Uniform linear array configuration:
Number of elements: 16
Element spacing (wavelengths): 0.75
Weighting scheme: exponential
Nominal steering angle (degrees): -15
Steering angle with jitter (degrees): -14.535
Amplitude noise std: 0.05
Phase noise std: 0.05

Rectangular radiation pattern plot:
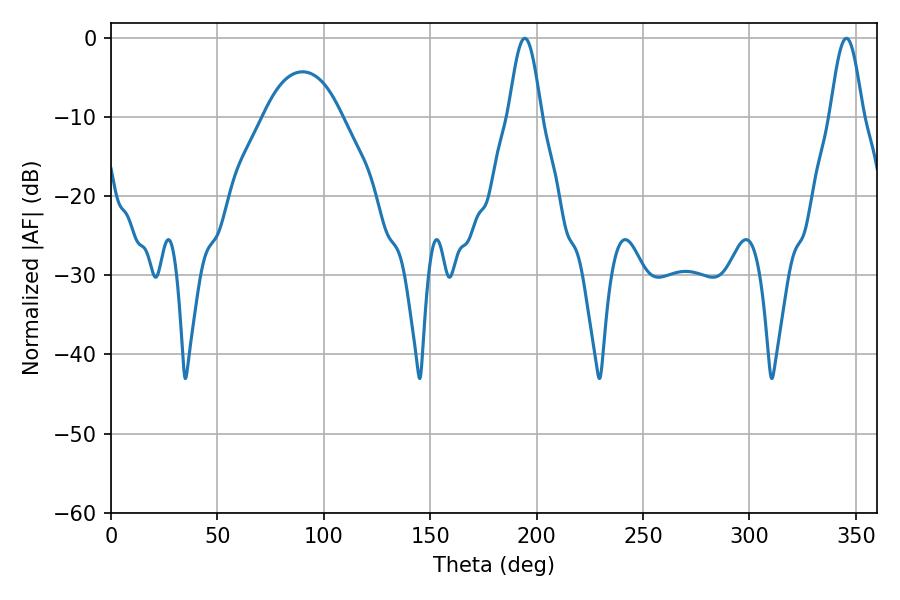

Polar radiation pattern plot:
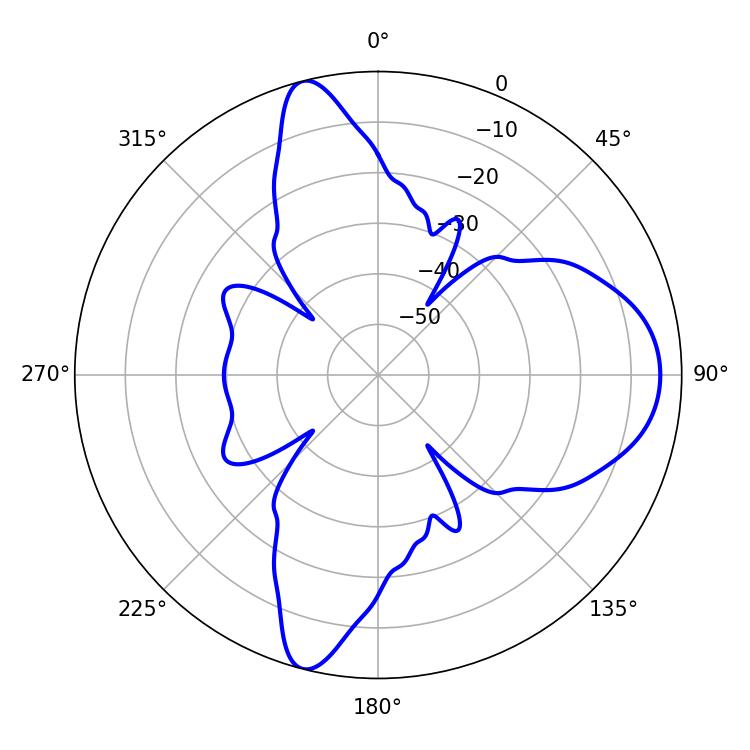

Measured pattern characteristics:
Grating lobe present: TRUE
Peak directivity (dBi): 12.563
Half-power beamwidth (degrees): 8.28
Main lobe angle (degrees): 345.6